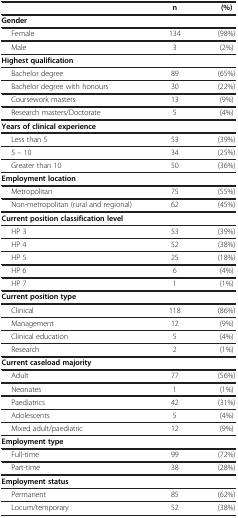
<table><thead><tr><td><b> </b></td><td><b>n</b></td><td><b>(%)</b></td></tr></thead><tbody><tr><td colspan="3"><b>Gender</b></td></tr><tr><td>Female</td><td>134</td><td>(98%)</td></tr><tr><td>Male</td><td>3</td><td>(2%)</td></tr><tr><td colspan="3"><b>Highest qualification</b></td></tr><tr><td>Bachelor degree</td><td>89</td><td>(65%)</td></tr><tr><td>Bachelor degree with honours</td><td>30</td><td>(22%)</td></tr><tr><td>Coursework masters</td><td>13</td><td>(9%)</td></tr><tr><td>Research masters/Doctorate</td><td>5</td><td>(4%)</td></tr><tr><td colspan="3"><b>Years of clinical experience</b></td></tr><tr><td>Less than 5</td><td>53</td><td>(39%)</td></tr><tr><td>5 – 10</td><td>34</td><td>(25%)</td></tr><tr><td>Greater than 10</td><td>50</td><td>(36%)</td></tr><tr><td colspan="3"><b>Employment location</b></td></tr><tr><td>Metropolitan</td><td>75</td><td>(55%)</td></tr><tr><td>Non-metropolitan (rural and regional)</td><td>62</td><td>(45%)</td></tr><tr><td colspan="3"><b>Current position classification level</b></td></tr><tr><td>HP 3</td><td>53</td><td>(39%)</td></tr><tr><td>HP 4</td><td>52</td><td>(38%)</td></tr><tr><td>HP 5</td><td>25</td><td>(18%)</td></tr><tr><td>HP 6</td><td>6</td><td>(4%)</td></tr><tr><td>HP 7</td><td>1</td><td>(1%)</td></tr><tr><td colspan="3"><b>Current position type</b></td></tr><tr><td>Clinical</td><td>118</td><td>(86%)</td></tr><tr><td>Management</td><td>12</td><td>(9%)</td></tr><tr><td>Clinical education</td><td>5</td><td>(4%)</td></tr><tr><td>Research</td><td>2</td><td>(1%)</td></tr><tr><td colspan="3"><b>Current caseload majority</b></td></tr><tr><td>Adult</td><td>77</td><td>(56%)</td></tr><tr><td>Neonates</td><td>1</td><td>(1%)</td></tr><tr><td>Paediatrics</td><td>42</td><td>(31%)</td></tr><tr><td>Adolescents</td><td>5</td><td>(4%)</td></tr><tr><td>Mixed adult/paediatric</td><td>12</td><td>(9%)</td></tr><tr><td colspan="3"><b>Employment type</b></td></tr><tr><td>Full-time</td><td>99</td><td>(72%)</td></tr><tr><td>Part-time</td><td>38</td><td>(28%)</td></tr><tr><td colspan="3"><b>Employment status</b></td></tr><tr><td>Permanent</td><td>85</td><td>(62%)</td></tr><tr><td>Locum/temporary</td><td>52</td><td>(38%)</td></tr></tbody></table>